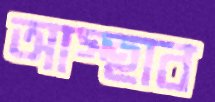
আস্হাব